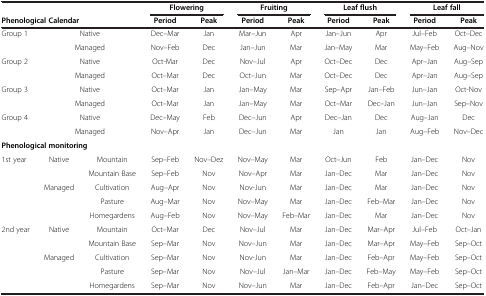
<table><thead><tr><td colspan="3"><b> </b></td><td colspan="2"><b>Flowering</b></td><td colspan="2"><b>Fruiting</b></td><td colspan="2"><b>Leaf flush</b></td><td colspan="2"><b>Leaf fall</b></td></tr><tr><td colspan="3"><b>Phenological Calendar</b></td><td><b>Period</b></td><td><b>Peak</b></td><td><b>Period</b></td><td><b>Peak</b></td><td><b>Period</b></td><td><b>Peak</b></td><td><b>Period</b></td><td><b>Peak</b></td></tr></thead><tbody><tr><td>Group 1</td><td colspan="2">Native</td><td>Dec–Mar</td><td>Jan</td><td>Mar–Jun</td><td>Apr</td><td>Jan–Jun</td><td>Apr</td><td>Jul–Feb</td><td>Oct–Dec</td></tr><tr><td> </td><td colspan="2">Managed</td><td>Nov–Feb</td><td>Dec</td><td>Jan–Jun</td><td>Mar</td><td>Jan–May</td><td>Mar</td><td>May–Feb</td><td>Aug–Nov</td></tr><tr><td>Group 2</td><td colspan="2">Native</td><td>Oct-Mar</td><td>Dec</td><td>Nov–Jul</td><td>Apr</td><td>Oct–Dec</td><td>Dec</td><td>Apr–Jan</td><td>Aug–Sep</td></tr><tr><td> </td><td colspan="2">Managed</td><td>Oct–Mar</td><td>Dec</td><td>Oct–Jun</td><td>Mar</td><td>Oct–Dec</td><td>Dec</td><td>Apr–Jan</td><td>Aug–Sep</td></tr><tr><td>Group 3</td><td colspan="2">Native</td><td>Oct–Mar</td><td>Jan</td><td>Jan–May</td><td>Mar</td><td>Sep–Apr</td><td>Jan–Feb</td><td>Jun–Jan</td><td>Oct-Nov</td></tr><tr><td> </td><td colspan="2">Managed</td><td>Oct–Mar</td><td>Jan</td><td>Jan–May</td><td>Mar</td><td>Oct–Mar</td><td>Dec–Jan</td><td>Jun–Jan</td><td>Sep–Nov</td></tr><tr><td>Group 4</td><td colspan="2">Native</td><td>Dec–May</td><td>Feb</td><td>Dec–Jun</td><td>Apr</td><td>Dec–Jan</td><td>Dec</td><td>Aug–Jan</td><td>Dec</td></tr><tr><td> </td><td colspan="2">Managed</td><td>Nov–Apr</td><td>Jan</td><td>Dec–Jun</td><td>Mar</td><td>Jan</td><td>Jan</td><td>Aug–Feb</td><td>Nov–Dec</td></tr><tr><td colspan="3"><b>Phenological monitoring</b></td><td> </td><td> </td><td> </td><td> </td><td> </td><td> </td><td> </td><td> </td></tr><tr><td>1st year</td><td>Native</td><td>Mountain</td><td>Sep–Feb</td><td>Nov–Dez</td><td>Nov–May</td><td>Mar</td><td>Oct–Jun</td><td>Feb</td><td>Jan–Dec</td><td>Nov</td></tr><tr><td> </td><td> </td><td>Mountain Base</td><td>Sep–Feb</td><td>Nov</td><td>Nov–Apr</td><td>Mar</td><td>Jan–Dec</td><td>Mar</td><td>Jan–Dec</td><td>Nov</td></tr><tr><td> </td><td>Managed</td><td>Cultivation</td><td>Aug–Apr</td><td>Nov</td><td>Nov-Jun</td><td>Mar</td><td>Jan–Dec</td><td>Mar</td><td>Jan–Dec</td><td>Nov</td></tr><tr><td> </td><td> </td><td>Pasture</td><td>Aug–Mar</td><td>Nov</td><td>Nov–May</td><td>Mar</td><td>Jan–Dec</td><td>Feb–Mar</td><td>Jan–Dec</td><td>Nov</td></tr><tr><td> </td><td> </td><td>Homegardens</td><td>Aug–Feb</td><td>Nov</td><td>Nov–May</td><td>Feb–Mar</td><td>Jan–Dec</td><td>Mar</td><td>Jan–Dec</td><td>Nov</td></tr><tr><td>2nd year</td><td>Native</td><td>Mountain</td><td>Oct–Mar</td><td>Dec</td><td>Nov–Jul</td><td>Mar</td><td>Jan–Dec</td><td>Mar–Apr</td><td>Jul–Feb</td><td>Oct–Jan</td></tr><tr><td> </td><td> </td><td>Mountain Base</td><td>Sep–Mar</td><td>Nov</td><td>Nov–Jun</td><td>Mar</td><td>Jan–Dec</td><td>Mar–Apr</td><td>May–Feb</td><td>Sep–Oct</td></tr><tr><td> </td><td>Managed</td><td>Cultivation</td><td>Sep–Mar</td><td>Nov</td><td>Nov-Jun</td><td>Mar</td><td>Jan–Dec</td><td>Feb–Apr</td><td>May–Feb</td><td>Sep–Oct</td></tr><tr><td> </td><td> </td><td>Pasture</td><td>Sep–Mar</td><td>Nov</td><td>Nov–Jul</td><td>Jan–Mar</td><td>Jan–Dec</td><td>Feb–May</td><td>May–Feb</td><td>Sep–Oct</td></tr><tr><td> </td><td> </td><td>Homegardens</td><td>Sep–Mar</td><td>Nov</td><td>Nov–Jun</td><td>Mar</td><td>Jan–Dec</td><td>Feb–Apr</td><td>Jan–Dec</td><td>Sep–Oct</td></tr></tbody></table>